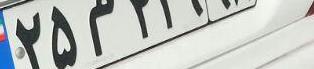
۲۵م۴۴۹۹۸